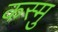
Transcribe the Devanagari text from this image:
कस्मु